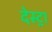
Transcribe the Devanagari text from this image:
देस्ट्रा